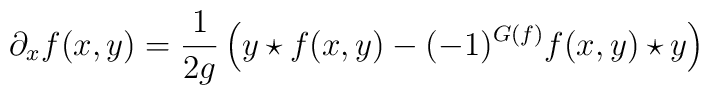
\partial_xf(x,y)=\frac{1}{2g}\left(y\star f(x,y)-(-1)^{G(f)}f(x,y)\star y\right)